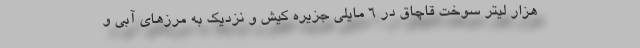
هزار لیتر سوخت قاچاق در 6 مایلی جزیره کیش و نزدیک به مرزهای آبی و